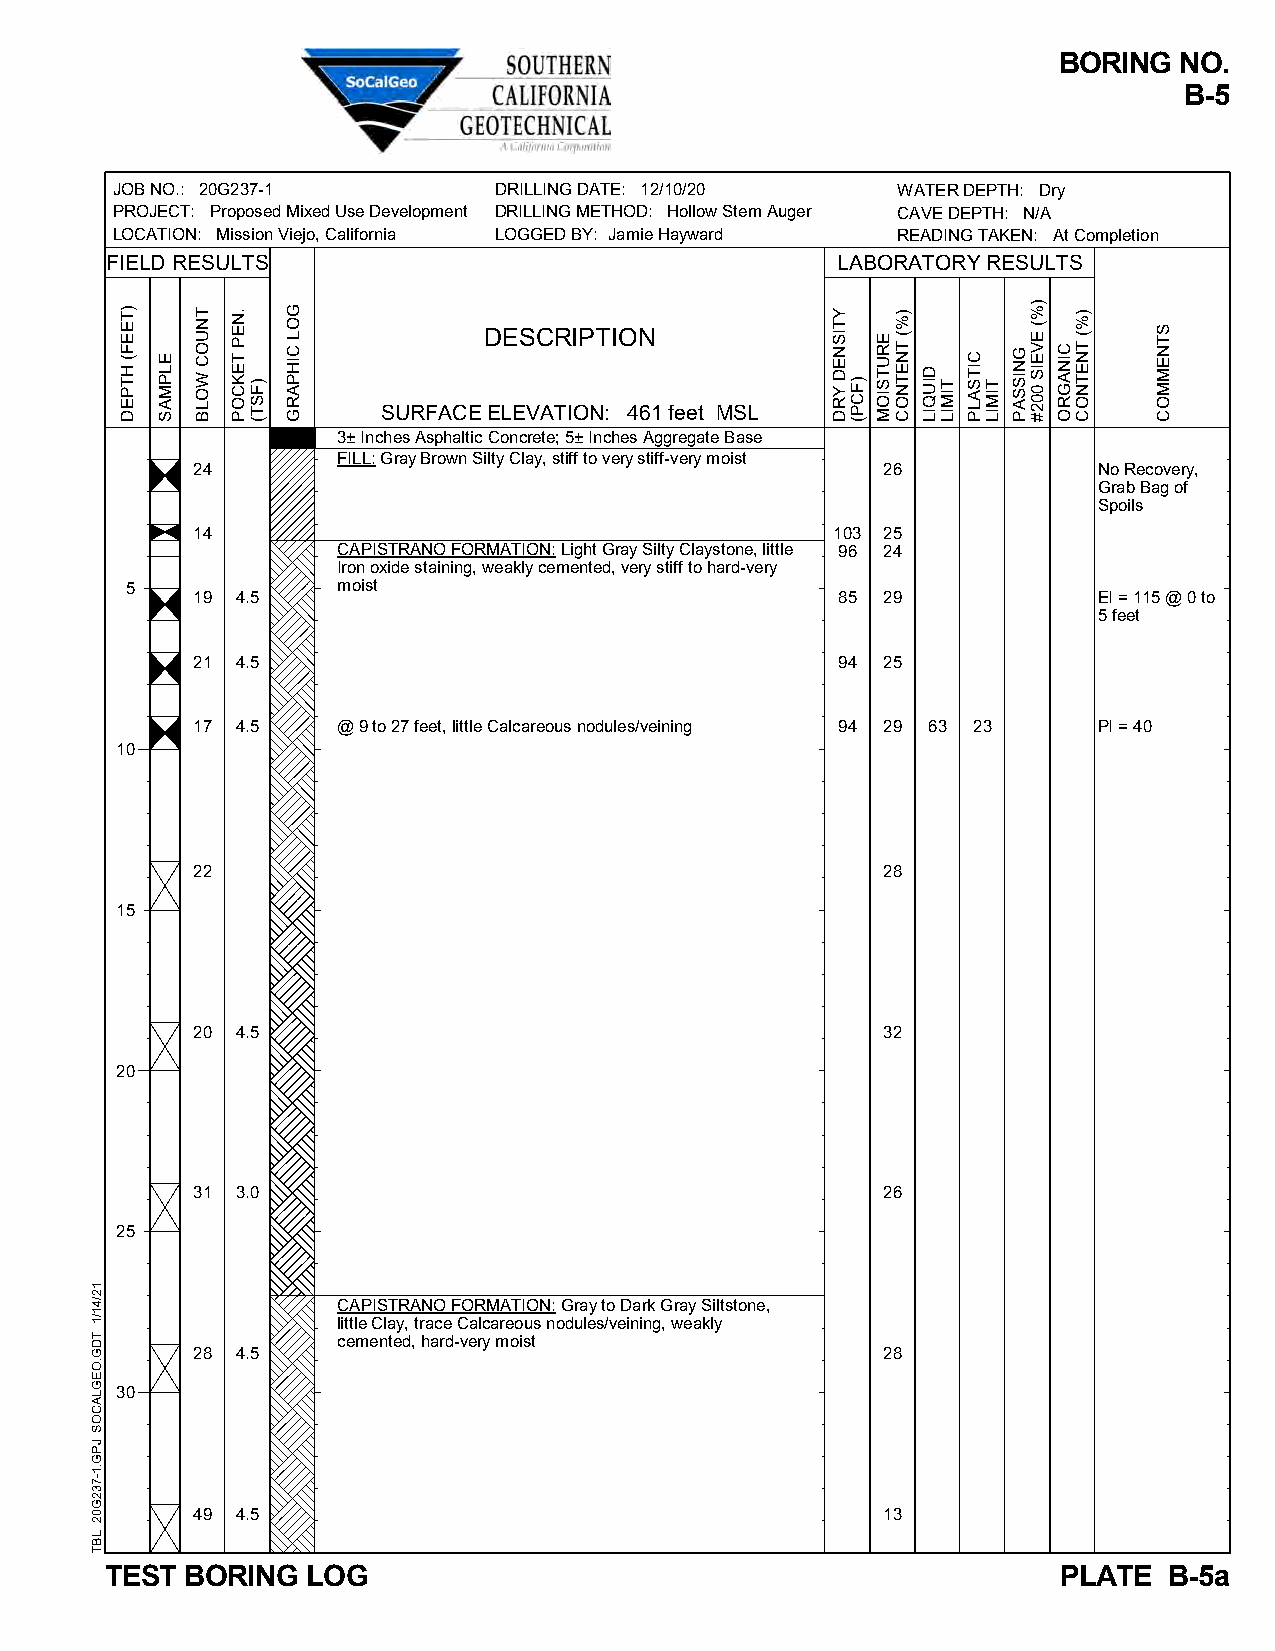
BORING  NO.
 B-5
 JOB NO.: 20G237-1         DRILLING DATE: 12/10/20   WATER DEPTH: Dry
 PROJECT: Proposed Mixed Use Development DRILLING METHOD: Hollow Stem Auger CAVE DEPTH: N/A
 LOCATION: Mission Viejo, California LOGGED BY: Jamie Hayward READING TAKEN: At Completion
 FIELD RESULTS                                   LABORATORY RESULTS
 DESCRIPTION
 SURFACE ELEVATION: 461 feet MSL
 3± Inches Asphaltic Concrete; 5± Inches Aggregate Base
 FILL: Gray Brown Silty Clay, stiff to very stiff-very moist
 24                                           26             No Recovery,
 Grab Bag of
 Spoils
 14                                        103 25
 CAPISTRANO FORMATION: Light Gray Silty Claystone, little 96 24
 Iron oxide staining, weakly cemented, very stiff to hard-very
 5             moist
 19 4.5                                    85 29             EI = 115 @ 0 to
 5 feet
 21 4.5                                    94 25
 17 4.5   @ 9 to 27 feet, little Calcareous nodules/veining 94 29 63 23 PI = 40
 10
 22                                           28
 15
 20 4.5                                       32
 20
 31 3.0                                       26
 25
 CAPISTRANO FORMATION: Gray to Dark Gray Siltstone,
 little Clay, trace Calcareous nodules/veining, weakly
 cemented, hard-very moist
 28 4.5                                       28
 30
 49 4.5                                       13
 TEST BORING  LOG                                               PLATE  B-5a
 12/41/1
 TDG.OEGLACOS
 JPG.1-732G02
 LBT
 )TEEF(
 HTPED
 ELPMAS
 TNUOC
 WOLB
 .NEP
 TEKCOP
 )FST(
 GOL
 CIHPARG
 YTISNED
 YRD )FCP(
 ERUTSIOM
 )%(
 TNETNOC
 DIUQIL
 TIMIL
 CITSALP
 TIMIL
 GNISSAP
 )%(
 EVEIS
 002#
 CINAGRO
 )%(
 TNETNOC
 STNEMMOC